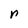
Character: n